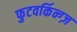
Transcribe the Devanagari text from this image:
फुटवर्किन्ग्ज़